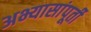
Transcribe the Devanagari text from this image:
अभ्यासांपूर्ती